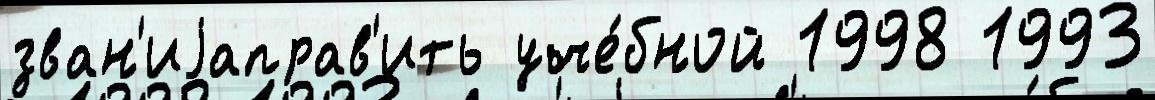
зван'иjаправ'ить уче́бной 1998 1993